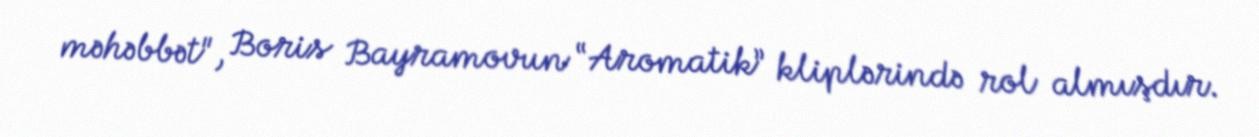
məhəbbət", Boris Bayramovun “Aromatik” kliplərində rol almışdır.